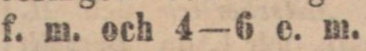
f. m. och 4—6 e. m.